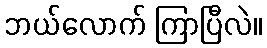
ဘယ်လောက် ကြာပြီလဲ။